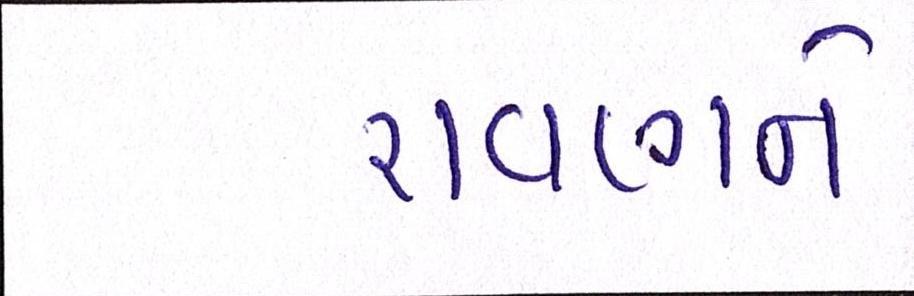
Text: રાવણને